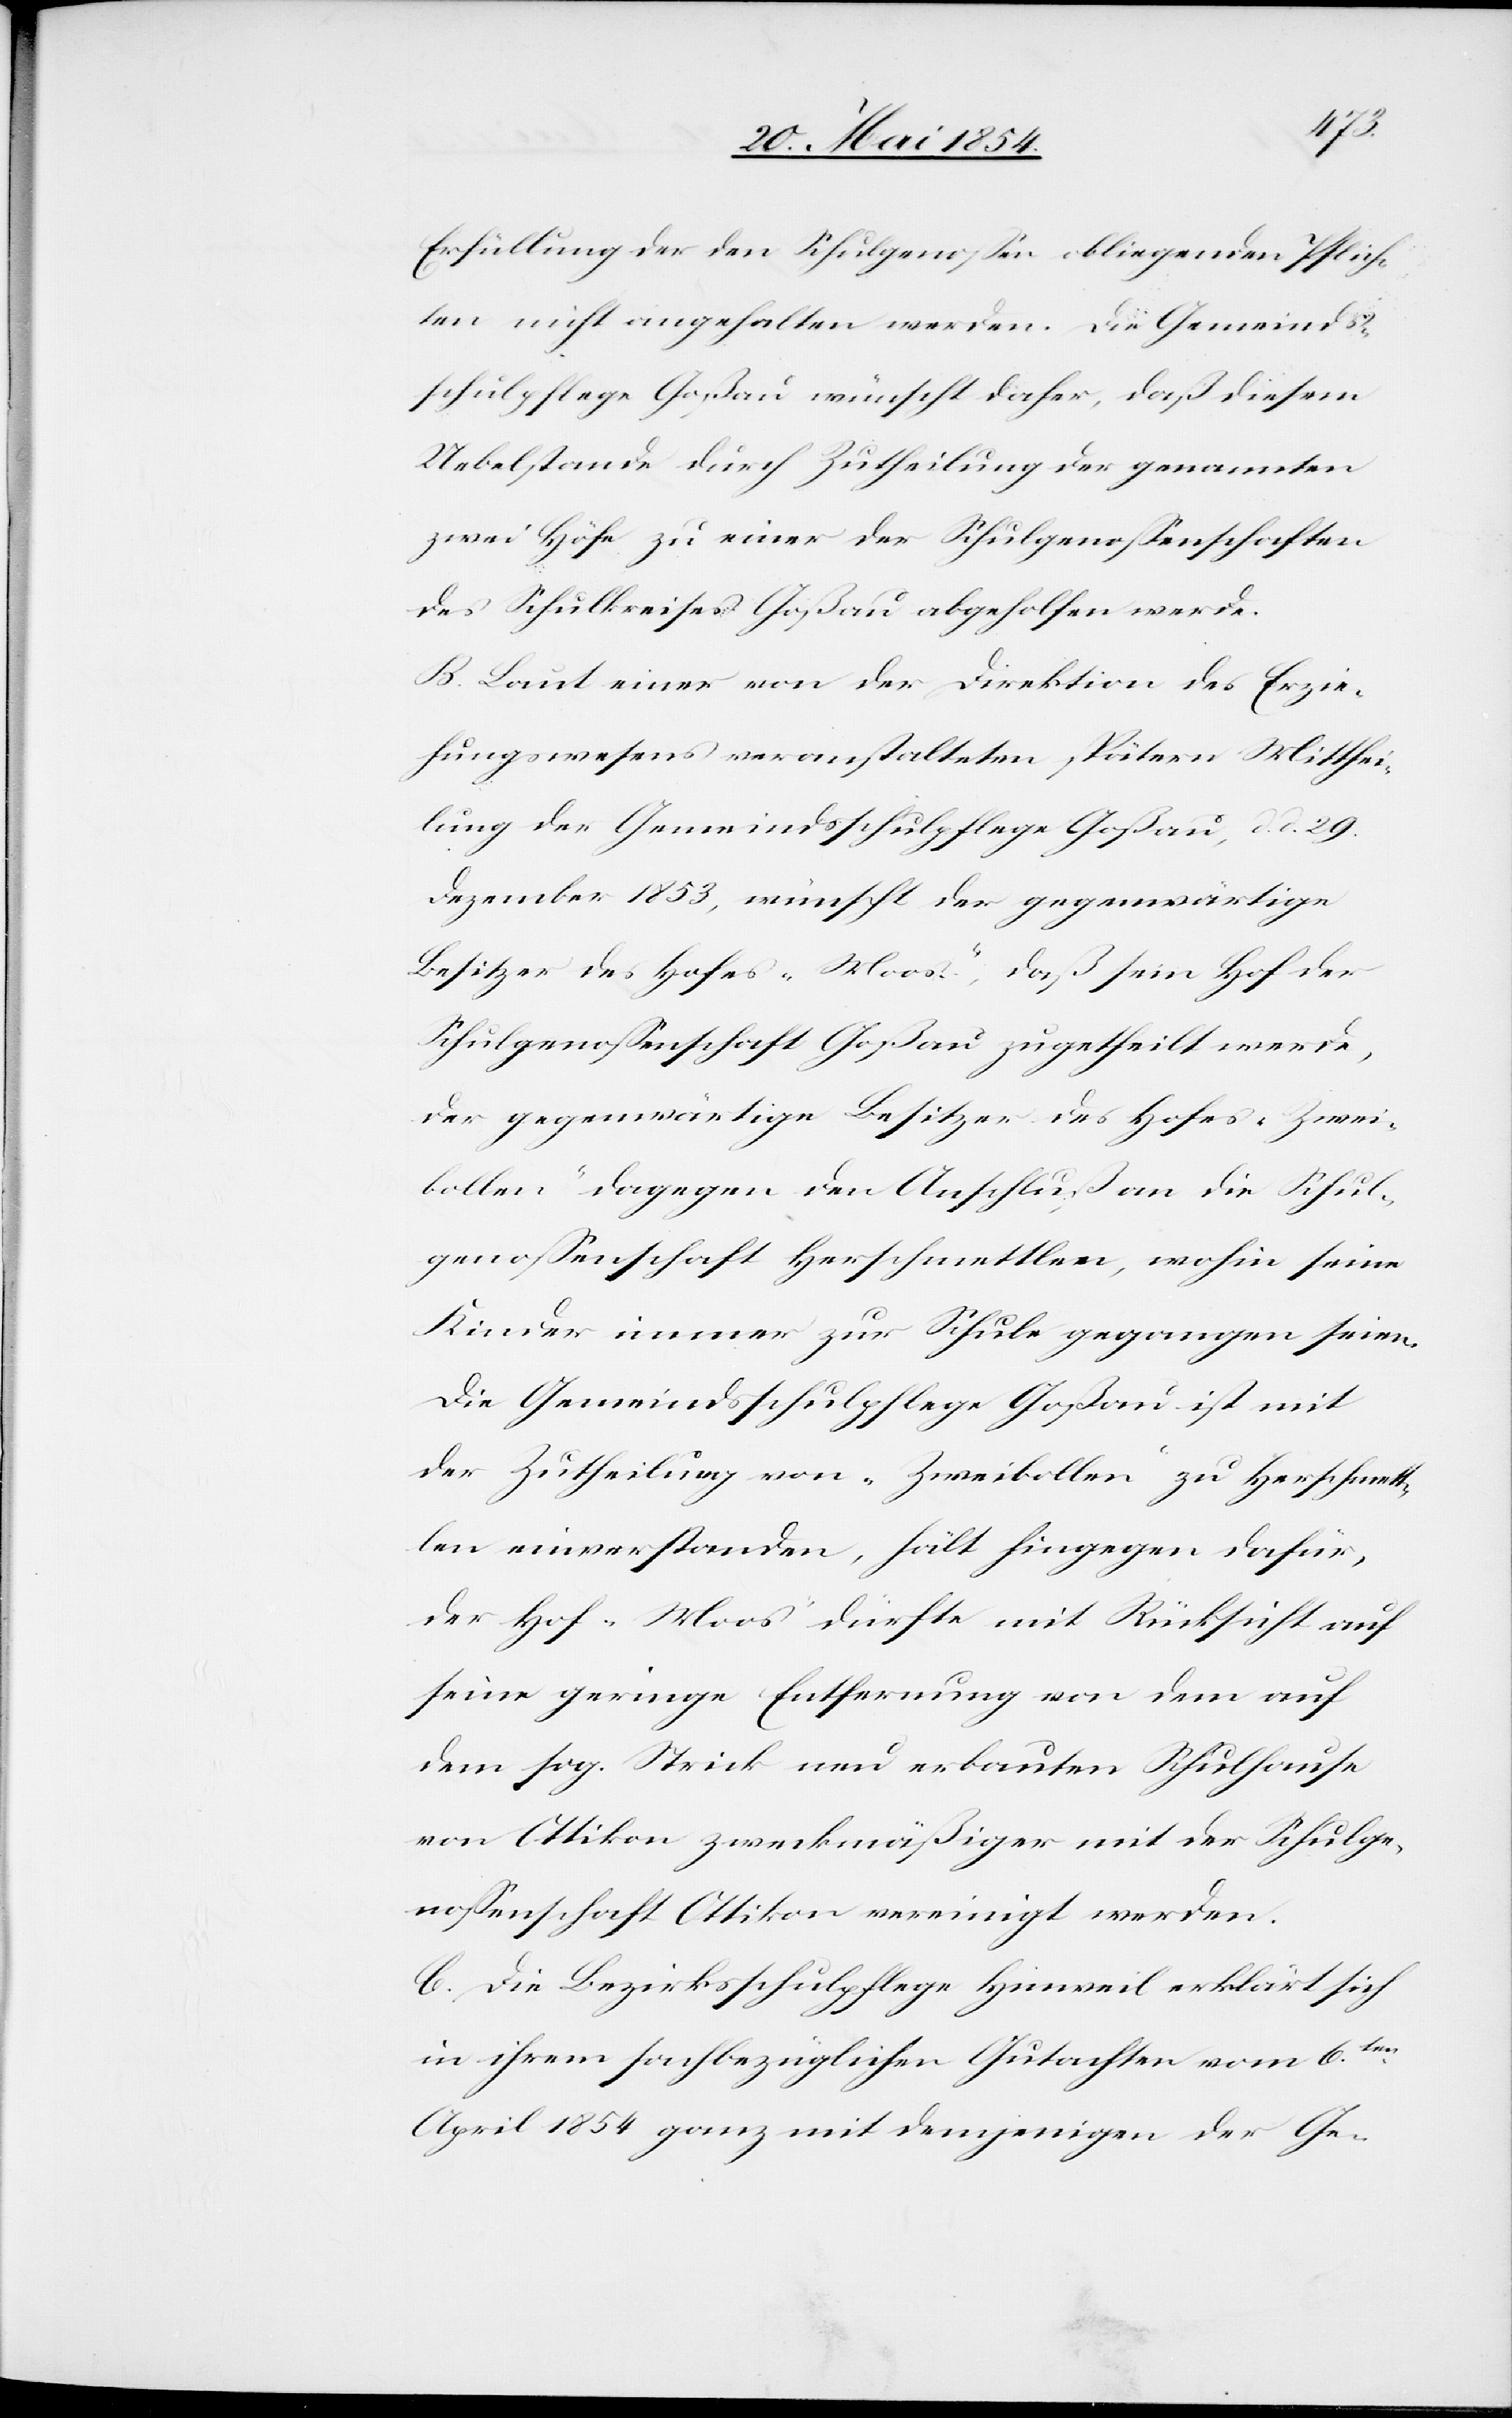
Erfüllung der den Schulgenoßen obliegenden Pflich¬
ten nicht angehalten werden. Die Gemeinds¬
schulpflege Goßau wünscht daher, daß diesem
Uebelstande durch Zutheilung der genannten
zwei Höfe zu einer der Schulgenoßenschaften
des Schulkreises Goßau abgeholfen werde.
B. Laut einer von der Direktion des Erzie¬
hungswesens veranstalteten spätern Mitthei¬
lung der Gemeindsschulpflege Goßau, d. d. 29.
Dezember 1853, wünscht der gegenwärtige
Besitzer des Hofes „Moos“, daß sein Hof der
Schulgenoßenschaft Goßau zugetheilt werde,
der gegenwärtige Besitzer des Hofes „Zwei¬
bollen“ dagegen den Anschluß an die Schul¬
genoßenschaft Herschmettlen, wohin seine
Kinder immer zur Schule gegangen seien.
Die Gemeindsschulpflege Goßau ist mit
der Zutheilung von „Zweibollen“ zu Herschmett¬
len einverstanden, hält hingegen dafür,
der Hof „Moos“ dürfte mit Rücksicht auf
seine geringe Entfernung von dem auf
dem sog. Strick neu erbauten Schulhause
von Ottikon zweckmäßiger mit der Schulge¬
noßenschaft Ottikon vereinigt werden.
C. Die Bezirksschulpflege Hinweil erklärt sich
in ihrem sachbezüglichen Gutachten vom 6ten
April 1854 ganz mit demjenigen der Ge-